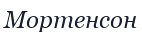
Мортенсон